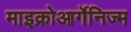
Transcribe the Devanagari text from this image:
माइक्रोआर्गेनिज्म